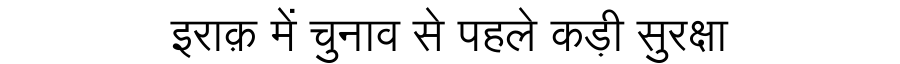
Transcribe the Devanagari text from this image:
इराक़ में चुनाव से पहले कड़ी सुरक्षा